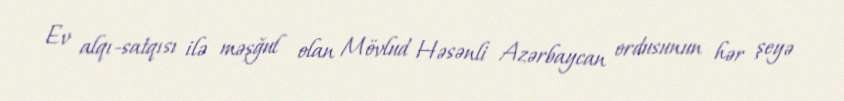
Ev alqı-satqısı ilə məşğul olan Mövlud Həsənli Azərbaycan ordusunun hər şeyə